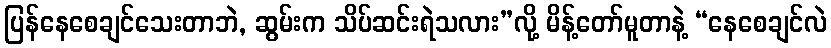
ပြန်နေစေချင်သေးတာဘဲ, ဆွမ်းက သိပ်ဆင်းရဲသလား”လို့ မိန့်တော်မူတာနဲ့ “နေစေချင်လဲ